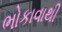
ભોકાવાથી